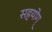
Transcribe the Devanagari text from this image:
सहयोग्